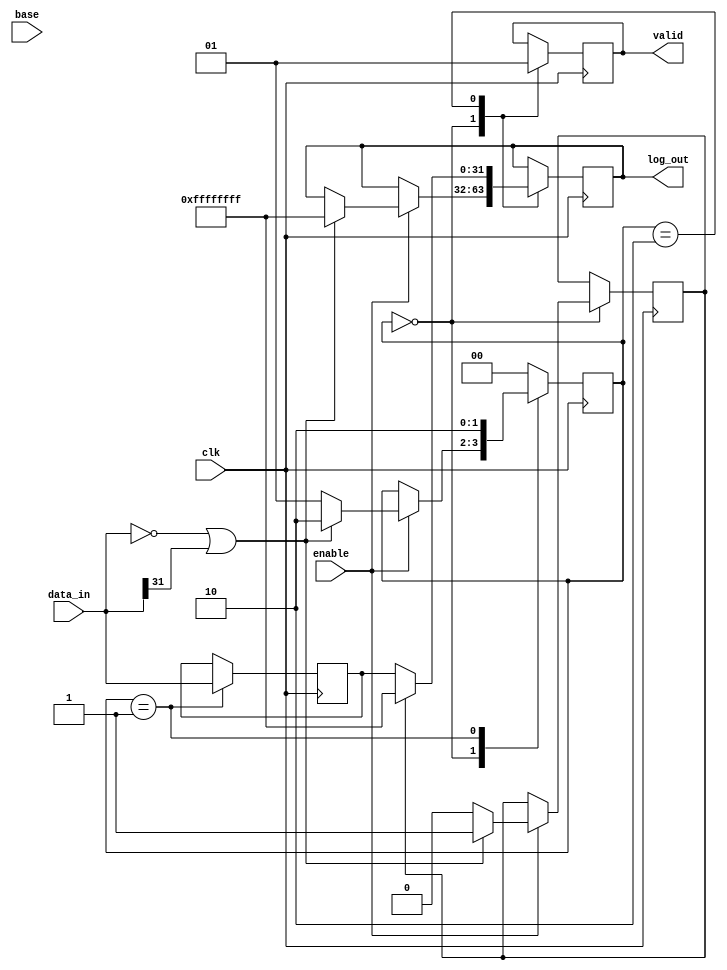
module LogarithmicUnit (
    input wire [31:0] data_in,  // Input data (fixed-point or floating-point)
    input wire [31:0] base,      // Base for logarithm
    input wire enable,           // Control signal to initiate calculation
    input wire clk,              // Clock signal
    output reg [31:0] log_out,   // Computed logarithm value
    output reg valid             // Output valid signal
);

    // Internal states
    reg [1:0] state;
    localparam IDLE = 2'b00, CALCULATE = 2'b01, OUTPUT = 2'b10;

    // Temporary variables for computation
    reg [31:0] temp_log;
    reg error_flag;

    always @(posedge clk) begin
        case (state)
            IDLE: begin
                valid <= 0; // Initially, output is not valid
                if (enable) begin
                    // Check for edge cases
                    if (data_in == 0 || data_in[31] == 1) begin // Check for zero or negative
                        error_flag <= 1; // Set error flag
                        log_out <= 32'hFFFFFFFF; // Return error code
                        state <= OUTPUT; // Move to output state
                    end else begin
                        error_flag <= 0; // Clear error flag
                        // Start calculation
                        state <= CALCULATE;
                    end
                end
            end
            
            CALCULATE: begin
                // Placeholder for logarithm calculation logic
                // For example, a simple approximation or algorithm could be implemented here
                // For demonstration, we'll just output a fixed value
                temp_log <= data_in; // Replace this with actual log calculation
                state <= OUTPUT; // Move to output state
            end
            
            OUTPUT: begin
                if (error_flag) begin
                    log_out <= 32'hFFFFFFFF; // Error code for invalid input
                end else begin
                    log_out <= temp_log; // Output the computed logarithm
                end
                valid <= 1; // Indicate output is valid
                state <= IDLE; // Return to idle state
            end
            
            default: state <= IDLE; // Default state
        endcase
    end
endmodule